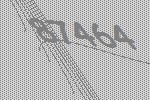
87464